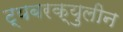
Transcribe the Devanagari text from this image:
ट्यबरक्युलीन